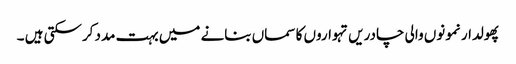
پھولدار نمونوں والی چادریں تہواروں کا سماں بنانے میں بہت مدد کرسکتی ہیں ۔